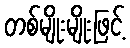
တစ်မျိုးမျိုးဖြင့်